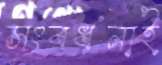
সংবর্ধনাই